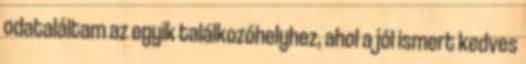
odataláltam az egyik találkozóhelyhez, ahol a jól ismert kedves